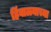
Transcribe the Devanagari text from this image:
हिंवाळ्याच्या